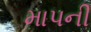
માપની